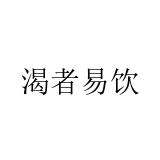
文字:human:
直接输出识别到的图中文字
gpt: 渴者易饮